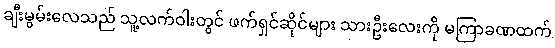
ချီးမွမ်းလေသည် သူ့လက်ဝါးတွင် ဖက်ရှင်ဆိုင်များ သားဦးလေးကို မကြာခဏထက်